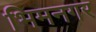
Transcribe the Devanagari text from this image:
भिमनगर